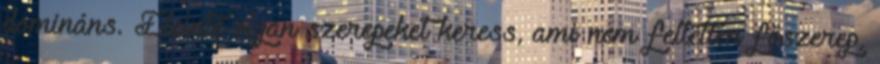
domináns. Eleinte olyan szerepeket keress, ami nem feltétlen főszerep,